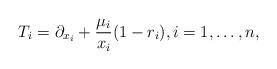
LaTeX: \begin{align*}T_i=\partial_{x_i}+\frac{\mu_i}{x_i}(1-r_i),i=1,\ldots,n,\end{align*}